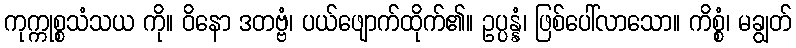
ကုက္ကုစ္စသံသယ ကို။ ဝိနော ဒတဗ္ဗံ၊ ပယ်ဖျောက်ထိုက်၏။ ဥပ္ပန္နံ၊ ဖြစ်ပေါ်လာသော။ ကိစ္စံ၊ မချွတ်